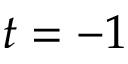
t = - 1